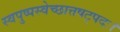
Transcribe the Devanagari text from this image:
स्वपुष्पस्वेच्छात्तषट्पदः।